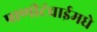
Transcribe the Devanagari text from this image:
पाणीटंचाईमधे